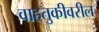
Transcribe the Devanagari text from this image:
वाहतुकीवरील